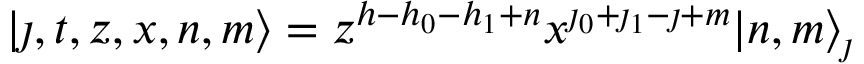
| \jmath , t , z , x , n , m \rangle = z ^ { h - h _ { 0 } - h _ { 1 } + n } x ^ { \jmath _ { 0 } + \jmath _ { 1 } - \jmath + m } | n , m \rangle _ { \jmath }